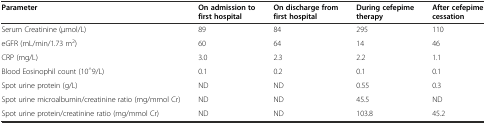
<table><thead><tr><td><b>Parameter</b></td><td><b>On admission to first hospital</b></td><td><b>On discharge from first hospital</b></td><td><b>During cefepime therapy</b></td><td><b>After cefepime cessation</b></td></tr></thead><tbody><tr><td>Serum Creatinine (μmol/L)</td><td>89</td><td>84</td><td>295</td><td>110</td></tr><tr><td>eGFR (mL/min/1.73 m<sup>2</sup>)</td><td>60</td><td>64</td><td>14</td><td>46</td></tr><tr><td>CRP (mg/L)</td><td>3.0</td><td>2.3</td><td>2.2</td><td>1.1</td></tr><tr><td>Blood Eosinophil count (10<sup>^</sup>9/L)</td><td>0.1</td><td>0.2</td><td>0.1</td><td>0.1</td></tr><tr><td>Spot urine protein (g/L)</td><td>ND</td><td>ND</td><td>0.55</td><td>0.3</td></tr><tr><td>Spot urine microalbumin/creatinine ratio (mg/mmol Cr)</td><td>ND</td><td>ND</td><td>45.5</td><td>ND</td></tr><tr><td>Spot urine protein/creatinine ratio (mg/mmol Cr)</td><td>ND</td><td>ND</td><td>103.8</td><td>45.2</td></tr></tbody></table>